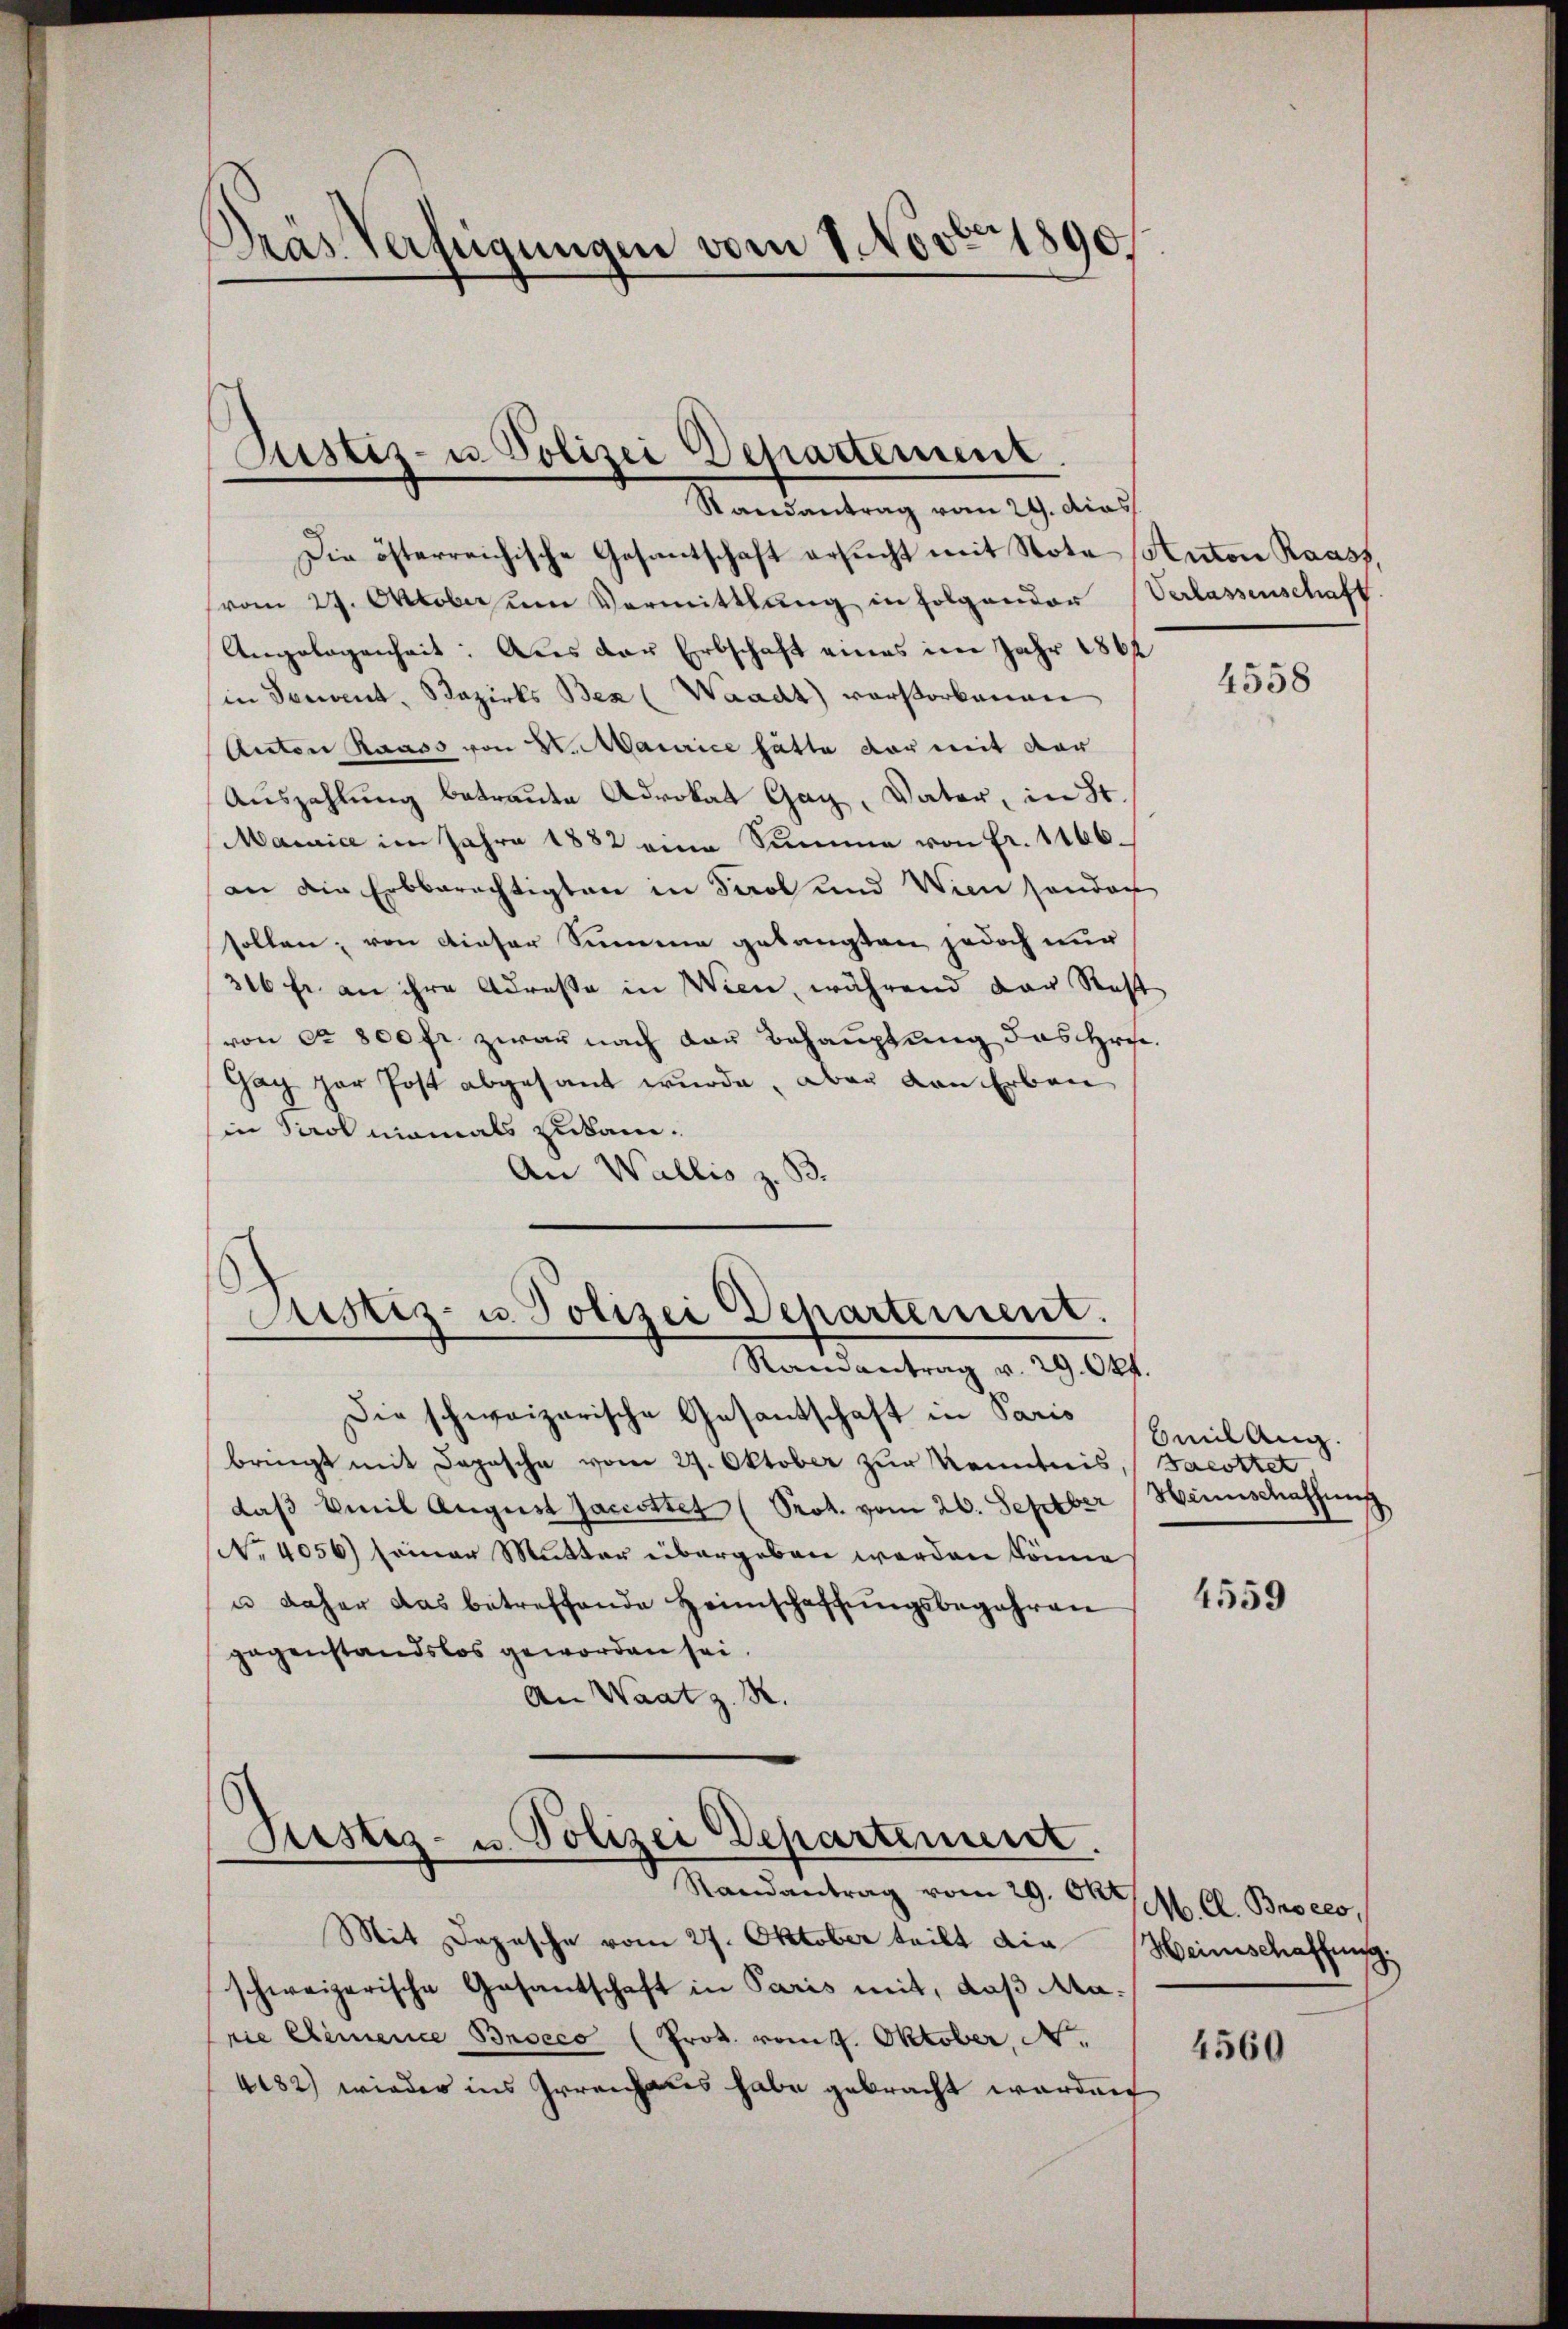
Dras Verfügungen vom 1 Nov. 1890.

Rustiz- u Polizei Departement

Randantrag vom 29. das
Die österreichische Gesantschaft ersucht mit Note Auton Raass,
vom 27. Oktober ŭm Vermittlung in Folgender Verlassenschaft.
Angelegenheit: Aus der Erbschaft eines im Jahr 1864
in Teuvent, Bezirks Bex (Waadt) verstorbenen
Anton Raass von 2. Maurice hätte dar mit der
Auszahlung betraute Advokat Gag, Vater, in St.
Mainice im Jahre 1882 eine Summe von Fr. 1166.
an die Erbberechtigten in Tirol und Wien sonder
sollen, von dieser Summene gelangten jedoch nur
316 fr. an ihre Adresse in Wien, während der Rest
von ca 800 fr zwar nach der Behauptung des Hrn.
Gag zur Post abgesant wurde, aber von Erbaue
in Tirol niemals zukam¬
An Wallis z. B.

Die schweizerische Gesantschaft in Paris
bringt mit Depesche vom 27. Oktober zur Kenntnis, (Bacottet.
daß weil August Jacisttet (Prot. vom 20. Septber
No 4056) seiner Mutter übergeben werden könne
u daher das betreffende Heimschaffungsbegehren
gegenstandslos geworden sei.
An Waatz. R.
Justiz- u. Polizei Departement.
Randantrag vom 29. Okt.
Mit Depesche vom 27. Oktober teilt die Heimschaffung
schweizerische Gesantschaft in Paris mit, daβ Aarie Climence Brocco (Prot. vom 4. Oktober, N.
4182) wieder ins Irrenhaus habe gebracht werden

Justiz- u. Polizei Departement.
Randantrag v. 29. Okt.

4558

bmil Aug.
Henschaffung

4559

M. Cl. Broces,
z

4560